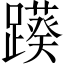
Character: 𨆠